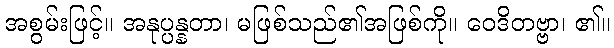
အစွမ်းဖြင့်။ အနုပ္ပန္နတာ၊ မဖြစ်သည်၏အဖြစ်ကို။ ဝေဒိတဗ္ဗာ၊ ၏။